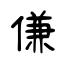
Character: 傔